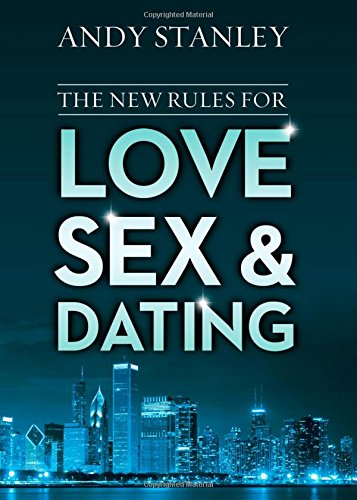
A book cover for The New Rules for Love, Sex, and Dating; Andy Stanley; Christian Books & Bibles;